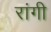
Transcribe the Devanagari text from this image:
रांगी